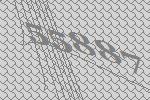
55887